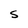
Character: S